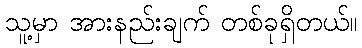
သူ့မှာ အားနည်းချက် တစ်ခုရှိတယ်။